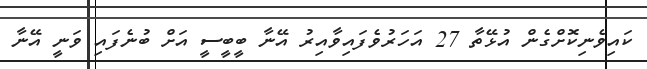
ކައިވެނިކޮށްގެން އުޅޭތާ 27 އަހަރުވެފައިވާއިރު އޭނާ ބީބީސީ އަށް ބުނެފައި ވަނީ އޭނާ